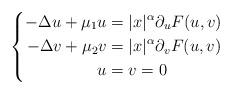
LaTeX: \begin{align*}\left \{ \begin{aligned} -\Delta u + \mu_1 u &= |x|^{\alpha}\partial_u F(u,v)&&\\ -\Delta v + \mu_2 v &= |x|^{\alpha}\partial_v F(u,v)&&\\u&=v=0&& \end{aligned} \right.\end{align*}